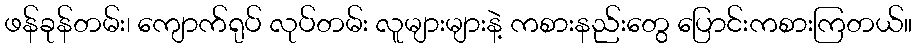
ဖန်ခုန်တမ်း၊ ကျောက်ရုပ် လုပ်တမ်း လူများများနဲ့ ကစားနည်းတွေ ပြောင်းကစားကြတယ်။